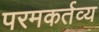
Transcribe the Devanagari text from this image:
परमकर्तव्य